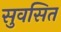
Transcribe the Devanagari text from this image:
सुवसित